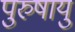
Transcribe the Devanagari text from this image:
पुरुषायु